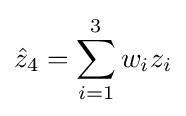
{\hat {z}}_{4}=\sum _{i=1}^{3}w_{i}z_{i}